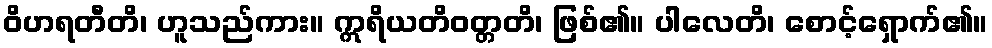
ဝိဟရတီတိ၊ ဟူသည်ကား။ ဣရိယတိဝတ္တတိ၊ ဖြစ်၏။ ပါလေတိ၊ စောင့်ရှောက်၏။